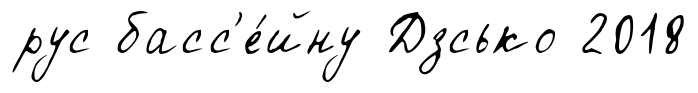
рус басс'е́йну Дзсько 2018